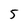
Character: 5